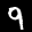
Label: 9